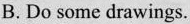
B. Do some drawings.